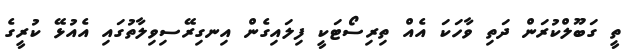
ތީ ގަބޫލްކުރަން ދަތި ވާހަކަ އެއް ތިރިސޯޓަކީ ފިލައިގެން އިނގިރޭސިވިލާތުގައި އެއުޅޭ ކުރީގެ